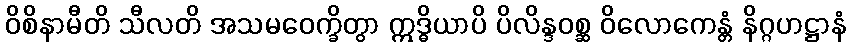
ဝိစိနာမီတိ သီလတိ အသမဝေက္ခိတွာ ဣဒ္ဓိယာပိ ပိလိန္ဒဝစ္ဆ ဝိလောကေန္တံ နိဂ္ဂဟဋ္ဌာနံ